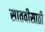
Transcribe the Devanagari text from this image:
सातवीसाठी